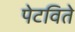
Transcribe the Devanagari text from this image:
पेटविते